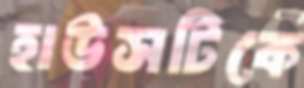
হাউসটিকে